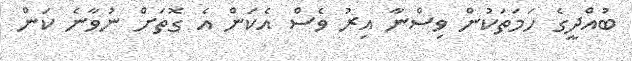
ބުއްދީގެ ހަމަތަކުން ވިސްނާ އިރު ވެސް އެކަން އެ ގޮތަށް ނުވާނެ ކަން